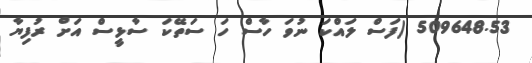
509648.53 (ފަސް ލައްކަ ނުވަ ހާސް ހަ ސަތޭކަ ސާޅީސް އަށް ރުފިޔާ